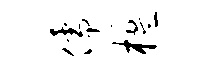
儒楹